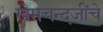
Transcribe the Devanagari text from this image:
खेमचन्दजींचे